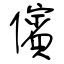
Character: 儐